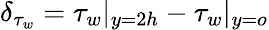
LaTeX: \delta_{\tau_{w}}=\tau_{w}|_{y=2h}-\tau_{w}|_{y=o}